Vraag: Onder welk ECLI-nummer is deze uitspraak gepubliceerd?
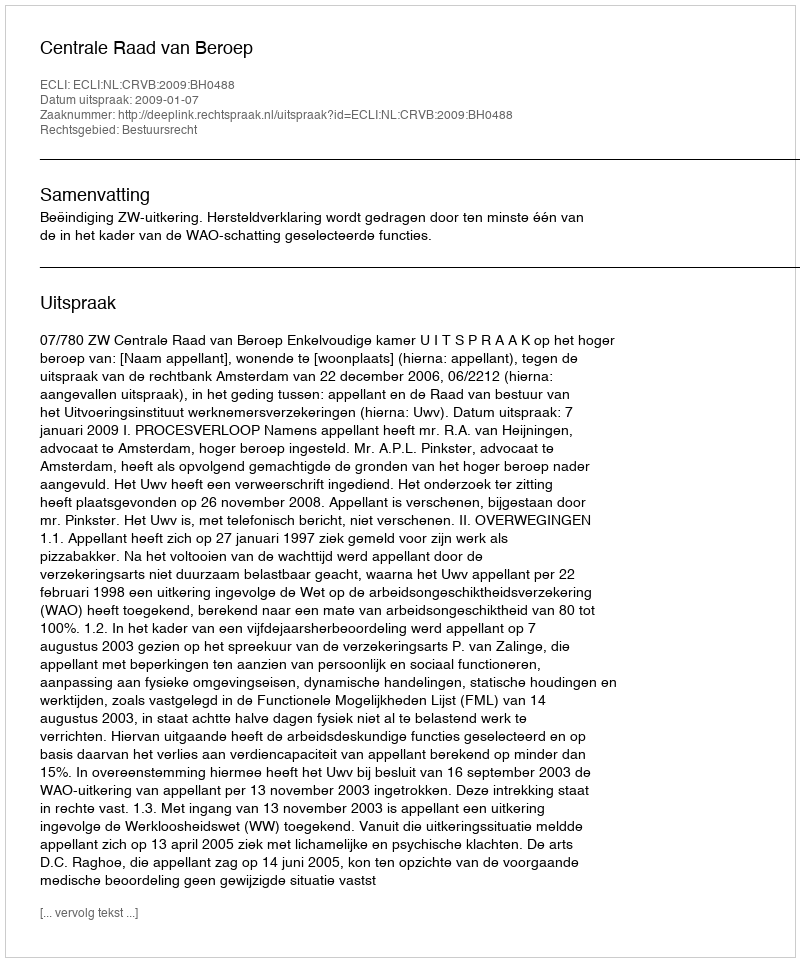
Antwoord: ECLI:NL:CRVB:2009:BH0488